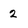
Character: 2